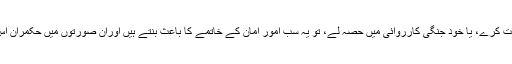
اگر وہ ”جنگی اقدام“ کرے ، مسلح جتھوں کی تربیت کرے، ان تک اسلحہ پہنچائے، ان کی معاونت کرے، یا خود جنگی کارروائی میں حصہ لے، تو یہ سب امور امان کے خاتمے کا باعث بنتے ہیں اوران صورتوں میں حکمران اس کے خلاف ہر وہ کارروائی کرسکتا ہے جو کسی بھی دوسرے مقاتل کے خلاف کی جاتی ہے۔